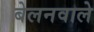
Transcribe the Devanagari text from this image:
बेलनवाले